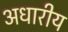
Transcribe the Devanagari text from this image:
अधारीय